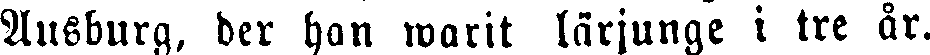
Ausburg, der han warit lärjunge i tre år.